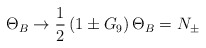
\begin{align*}\Theta_B \to \frac{1}{2} \left( 1 \pm G_9 \right) \Theta_B = N_\pm\end{align*}